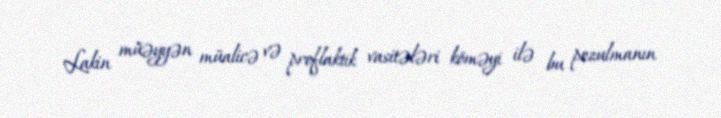
Lakin müəyyən müalicə və proflaktik vasitələri köməyi ilə bu pozulmanın